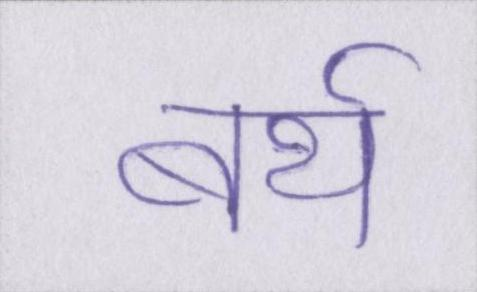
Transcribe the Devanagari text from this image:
बर्थ